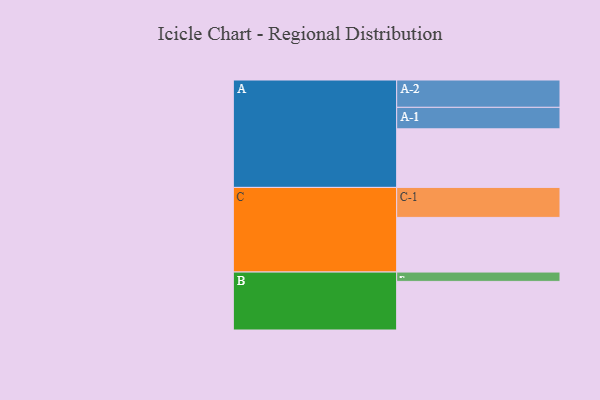
{"axis": {"x": "Segment", "y": "Value"}, "legend": ["", "A", "B", "C"], "data": [{"x": "A", "y": 553, "type": ""}, {"x": "B", "y": 459, "type": ""}, {"x": "C", "y": 516, "type": ""}, {"x": "A-1", "y": 203, "type": "A"}, {"x": "A-2", "y": 258, "type": "A"}, {"x": "B-1", "y": 88, "type": "B"}, {"x": "C-1", "y": 283, "type": "C"}]}